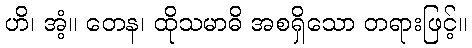
ဟိ၊ အံ့။ တေန၊ ထိုသမာဓိ အစရှိသော တရားဖြင့်။